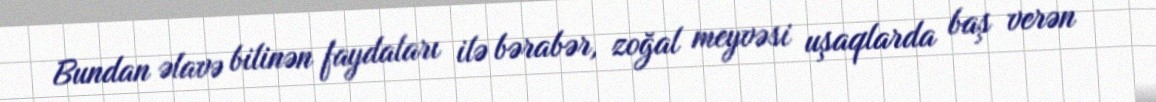
Bundan əlavə bilinən faydaları ilə bərabər, zoğal meyvəsi uşaqlarda baş verən